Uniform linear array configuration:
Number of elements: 4
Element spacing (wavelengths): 1
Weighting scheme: kaiser
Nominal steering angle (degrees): -15
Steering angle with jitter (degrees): -16.503
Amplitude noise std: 0.05
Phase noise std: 0.05

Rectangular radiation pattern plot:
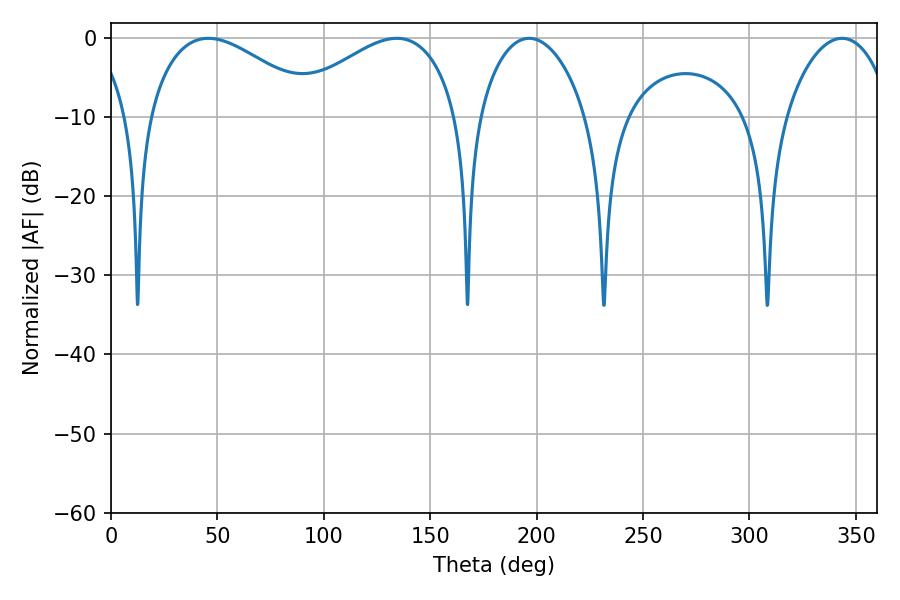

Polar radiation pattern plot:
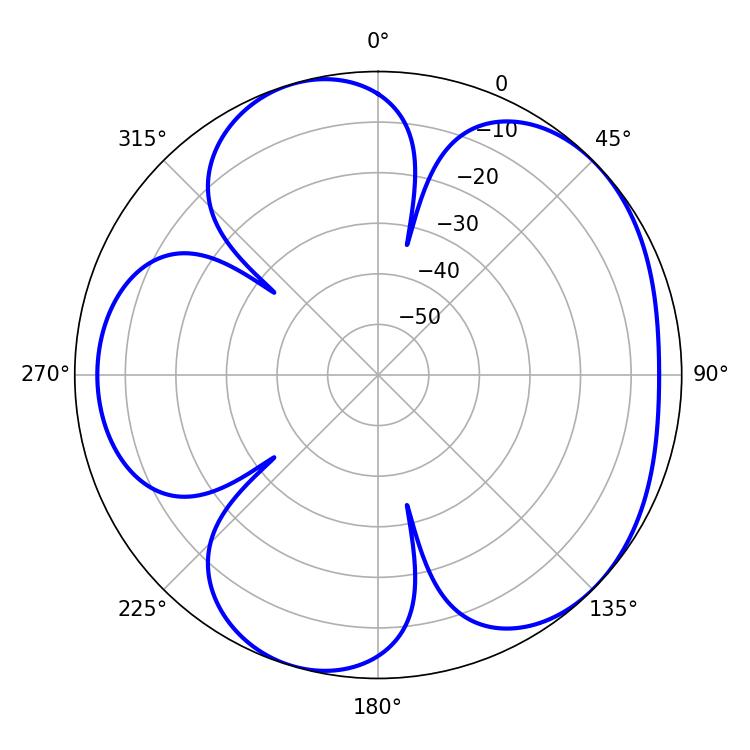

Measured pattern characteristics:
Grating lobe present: TRUE
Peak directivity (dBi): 4.925
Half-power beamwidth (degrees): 43.74
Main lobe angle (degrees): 45.72